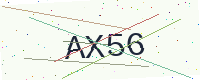
Text: AX56